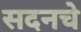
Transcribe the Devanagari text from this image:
सदनचे